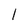
Character: l